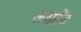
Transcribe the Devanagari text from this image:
ऊसटेंड